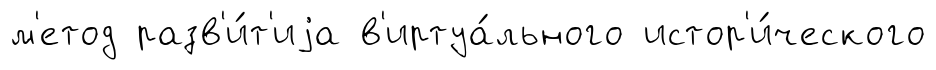
м'етод разв'и́т'иjа в'иртуа́льного истор'и́ческого